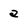
Character: a